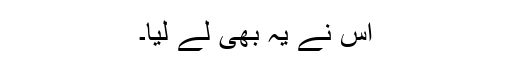
اس نے یہ بھی لے لیا۔